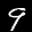
Label: 9